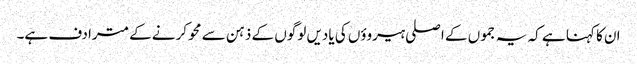
ان کا کہنا ہے کہ یہ جموں کے اصلی ہیروؤں کی یادیں لوگوں کے ذہن سے محو کرنے کے مترادف ہے۔